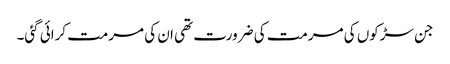
جن سڑکوں کی مرمت کی ضرورت تھی ان کی مرمت کرائی گئی۔